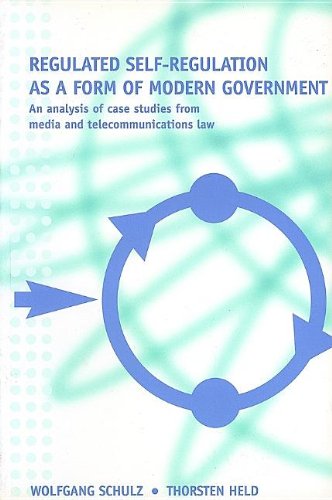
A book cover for Regulated Self-Regulation as a Form of Modern Government: A Comparative Analysis with Case Studies from Media and DESCRIPTION: This study examines the necessity of the communications industry to regulate itself and the ability of governments to influence and enforce media self-regulation. With the privatization and deregulation of the communications industry and the increase in international media conglomerates, this analysis addresses why media self-regulation has become a necessity and; Wolfgang Schulz; Business & Money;